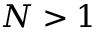
N > 1